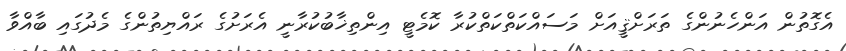
އެގޮތުން އަންހެނުންގެ ތަރަށްޤީއަށް މަސައްކަތްކަތްކުރާ ކޮމެޓީ އިންތިޚާބުކުރާނީ އެރަށުގެ ރައްޔިތުންގެ މެދުގައި ބާއްވާ